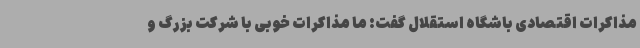
مذاکرات اقتصادی باشگاه استقلال گفت: ما مذاکرات خوبی با شرکت بزرگ و